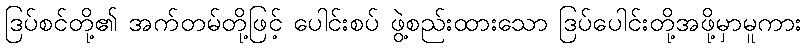
ဒြပ်စင်တို့၏ အက်တမ်တို့ဖြင့် ပေါင်းစပ် ဖွဲ့စည်းထားသော ဒြပ်ပေါင်းတို့အဖို့မှာမူကား